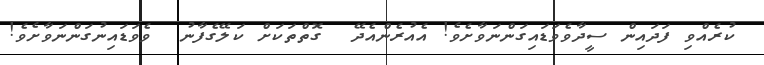
ކުރެއްވި ފަދައިން ސީދާވެވަޑައިގަންނަވާށެވެ! އެއުރެންއެދޭ  ގޮތްތަކަށް ކަލޭގެފާނު  ވެވަޑައިނުގަންނަވާށެވެ!